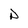
Character: D